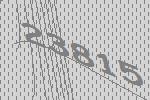
23815